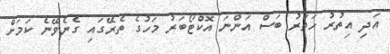
އަދި އިތުރު ހަތަރު ބަސް އަންނަ އޮކްޓޯބަރު މަހުގެ ތެރޭގައި ގެނެވޭނެ ކަމަށް